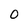
Character: 0